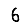
Digit: 6